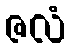
ဇလံ